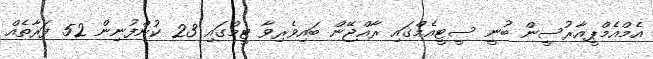
އެމްއެމްޕީއާރުސީން ބުނީ ސީޓީއެމްގައި ރާއްޖޭން ބައިވެރިވާ ޓީމްގައި 23 ކުންފުނިން 52 ފަރާތެއް